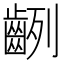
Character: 𪗿